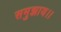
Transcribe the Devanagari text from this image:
समुझाय।।